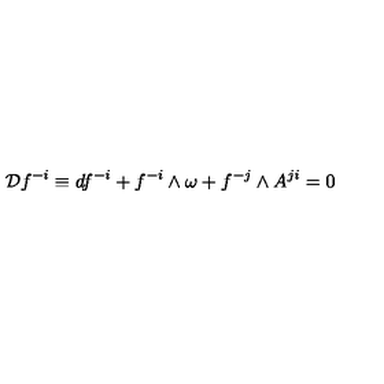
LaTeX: { \cal D } f ^ { - i } \equiv d f ^ { - i } + f ^ { - i } \wedge \omega + f ^ { - j } \wedge A ^ { j i } = 0